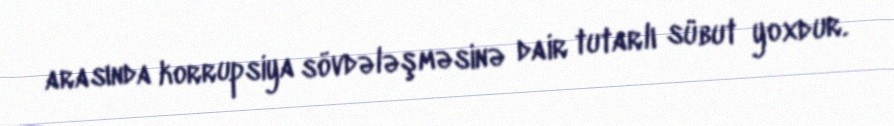
arasında korrupsiya sövdələşməsinə dair tutarlı sübut yoxdur.